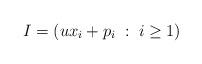
LaTeX: \begin{align*}I = (ux_i+ p_i \; : \; i \geq 1 )\end{align*}